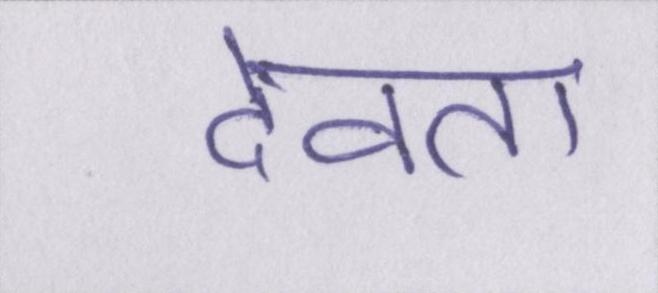
देवता